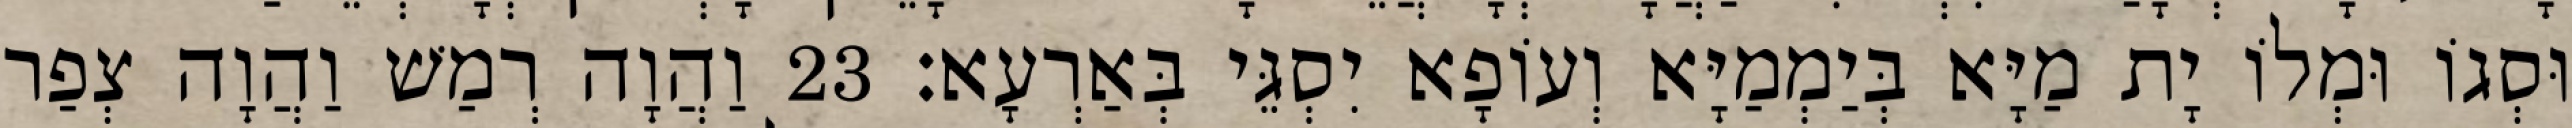
וּסְגוֹ וּמְלוֹ יָת מַיָּא בְּיַמְמַיָּא וְעוֹפָא יִסְגֵּי בְּאַרְעָא׃ 23 וַהֲוָה רְמַשׁ וַהֲוָה צְפַר